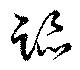
跡